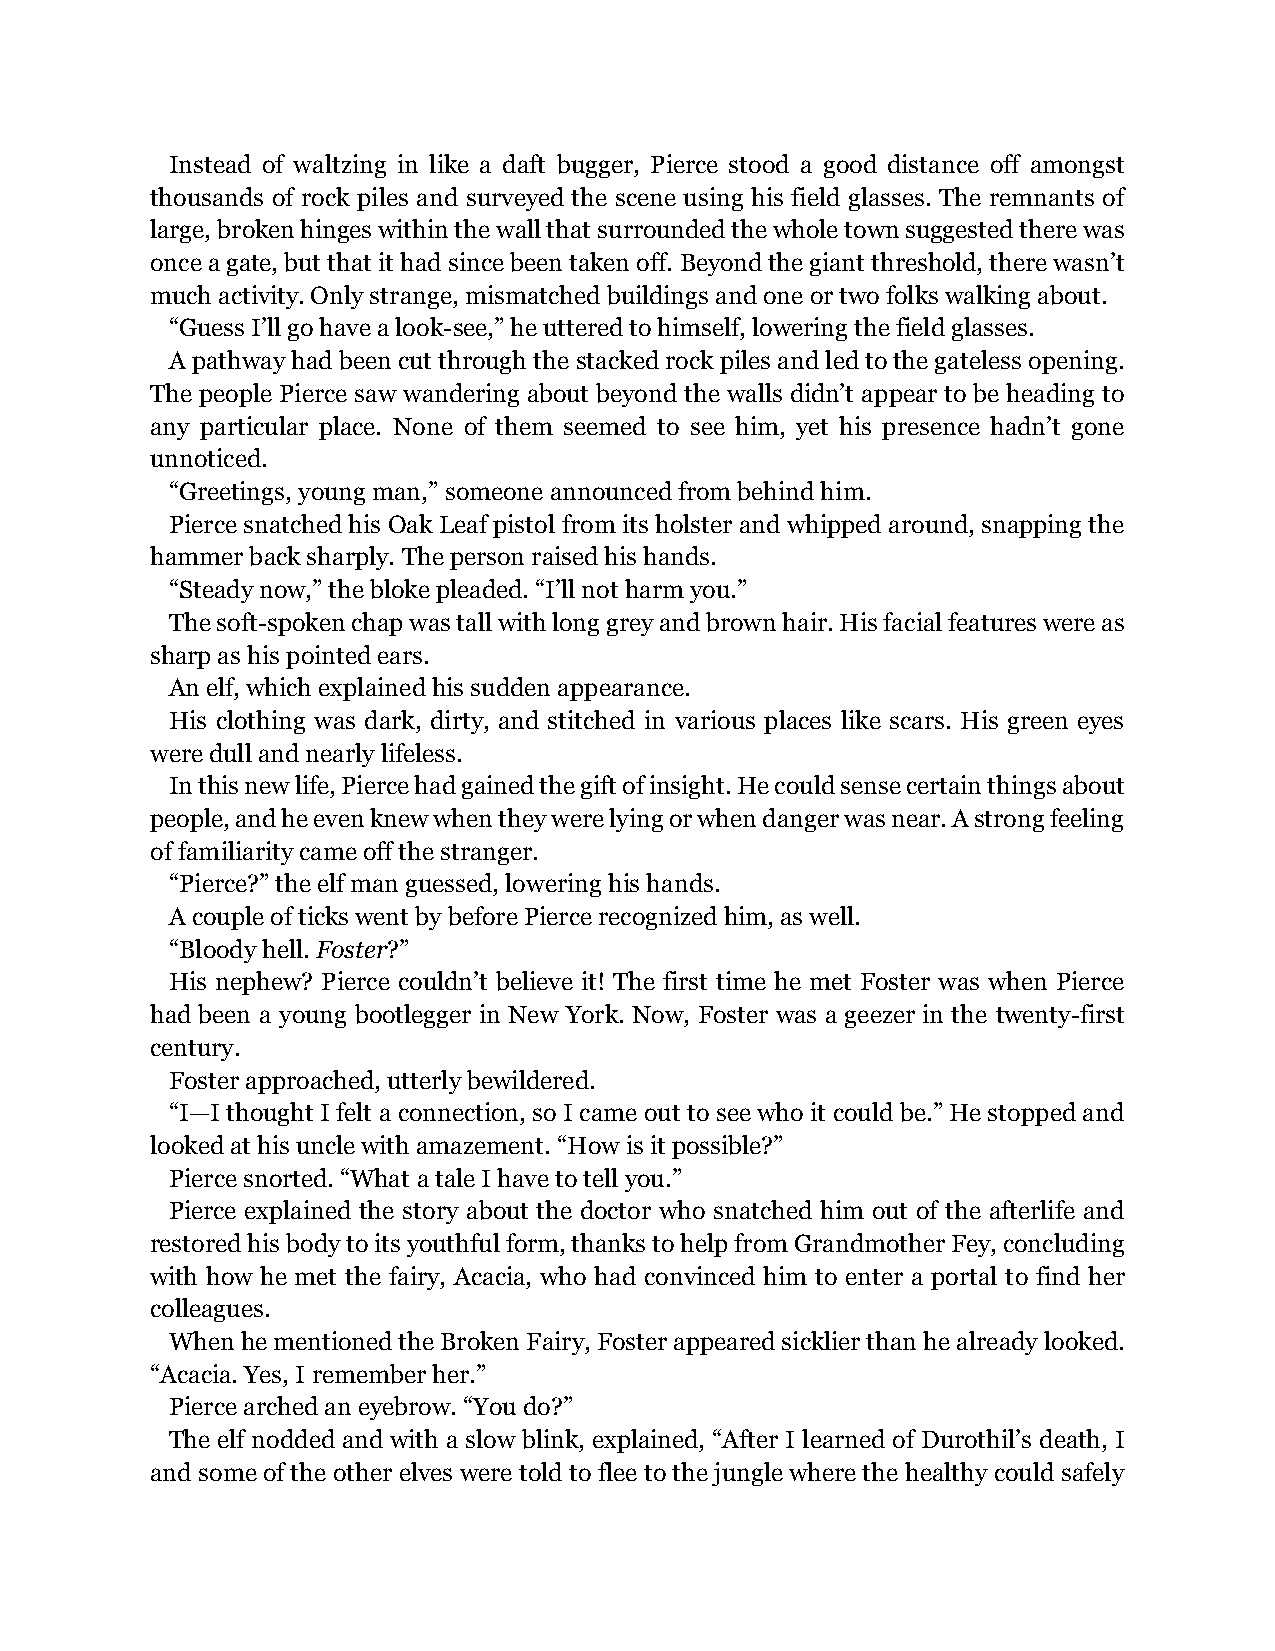
Instead of waltzing in like a daft bugger, Pierce stood a good distance off amongst
 thousands of rock piles and surveyed the scene using his field glasses. The remnants of
 large, broken hinges within the wall that surrounded the whole town suggested there was
 once a gate, but that it had since been taken off. Beyond the giant threshold, there wasn’t
 much activity. Only strange, mismatched buildings and one or two folks walking about.
 “Guess I’ll go have a look-see,” he uttered to himself, lowering the field glasses.
 A pathway had been cut through the stacked rock piles and led to the gateless opening.
 The people Pierce saw wandering about beyond the walls didn’t appear to be heading to
 any particular place. None of them seemed to see him, yet his presence hadn’t gone
 unnoticed.
 “Greetings, young man,” someone announced from behind him.
 Pierce snatched his Oak Leaf pistol from its holster and whipped around, snapping the
 hammer back sharply. The person raised his hands.
 “Steady now,” the bloke pleaded. “I’ll not harm you.”
 The soft-spoken chap was tall with long grey and brown hair. His facial features were as
 sharp as his pointed ears.
 An elf, which explained his sudden appearance.
 His clothing was dark, dirty, and stitched in various places like scars. His green eyes
 were dull and nearly lifeless.
 In this new life, Pierce had gained the gift of insight. He could sense certain things about
 people, and he even knew when they were lying or when danger was near. A strong feeling
 of familiarity came off the stranger.
 “Pierce?” the elf man guessed, lowering his hands.
 A couple of ticks went by before Pierce recognized him, as well.
 “Bloody hell. Foster?”
 His nephew? Pierce couldn’t believe it! The first time he met Foster was when Pierce
 had been a young bootlegger in New York. Now, Foster was a geezer in the twenty-first
 century.
 Foster approached, utterly bewildered.
 “I—I thought I felt a connection, so I came out to see who it could be.” He stopped and
 looked at his uncle with amazement. “How is it possible?”
 Pierce snorted. “What a tale I have to tell you.”
 Pierce explained the story about the doctor who snatched him out of the afterlife and
 restored his body to its youthful form, thanks to help from Grandmother Fey, concluding
 with how he met the fairy, Acacia, who had convinced him to enter a portal to find her
 colleagues.
 When he mentioned the Broken Fairy, Foster appeared sicklier than he already looked.
 “Acacia. Yes, I remember her.”
 Pierce arched an eyebrow. “You do?”
 The elf nodded and with a slow blink, explained, “After I learned of Durothil’s death, I
 and some of the other elves were told to flee to the jungle where the healthy could safely